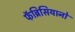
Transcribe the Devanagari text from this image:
फॅब्रिसियानो